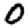
Digit: 0